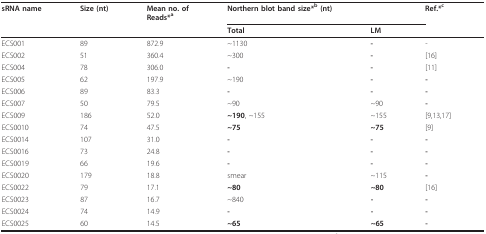
| sRNA name | Size (nt) | Mean no. ofReads*a | Northern blot band size*b (nt) |  | Ref.*c |
 |  |  |  | Total | LM |  |
 | --- | --- | --- | --- | --- | --- |
 | ECS001 | 89 | 872.9 | ~1130 | - | - |
 | ECS002 | 51 | 360.4 | ~300 | - | [16] |
 | ECS004 | 78 | 306.0 | - | - | [11] |
 | ECS005 | 62 | 197.9 | ~190 | - | - |
 | ECS006 | 89 | 83.3 | - | - | - |
 | ECS007 | 50 | 79.5 | ~90 | ~90 | - |
 | ECS009 | 186 | 52.0 | ~190, ~155 | ~155 | [9,13,17] |
 | ECS0010 | 74 | 47.5 | ~75 | ~75 | [9] |
 | ECS0014 | 107 | 31.0 | - | - | - |
 | ECS0016 | 73 | 24.8 | - | - | - |
 | ECS0019 | 66 | 19.6 | - | - | - |
 | ECS0020 | 179 | 18.8 | smear | ~115 | - |
 | ECS0022 | 79 | 17.1 | ~80 | ~80 | [16] |
 | ECS0023 | 87 | 16.7 | ~840 | - | - |
 | ECS0024 | 74 | 14.9 | - | - | - |
 | ECS0025 | 60 | 14.5 | ~65 | ~65 | - |